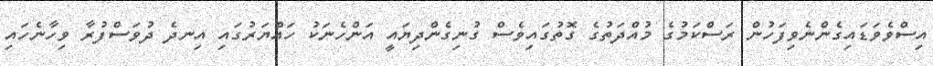
އިސްވެވަޑައިގެންނެވިފަހުން ރަސްކަމުގެ މުއްދަތުގެ ގޮތުގައިވެސް ގުނިގެންދިޔައީ އަންހެނަކު ހައްޔަރުގައި އިނދެ ދުވަސްފުރާ ވިހާނެހައި